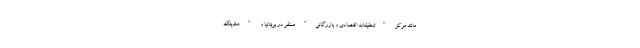
مانند مرکز "تحقیقات اقتصادی و بازرگانی" مستقر در بریتانیا و "هلدینگ